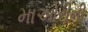
માઓરીની